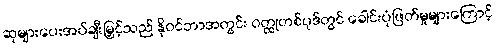
ဆုများပေးအပ်ချီးမြှင့်သည် နိုဝင်ဘာအတွင်း ဝတ္ထုတစ်ပုဒ်တွင် ခေါင်းပုံဖြတ်မှုများကြောင့်